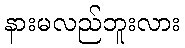
နားမလည်ဘူးလား